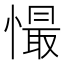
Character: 𢢇